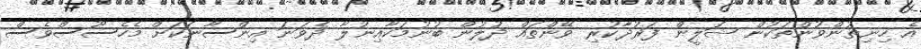
އެ ހިނިތުންވުންތަކުން ޝަލީން ފަރުދާކުރި ވޭންތައް ދުލުން ބުނުމަކާއިނުލާ ދެވަނަ އިންސާނަކަށް މެހެސޫސްވެސް